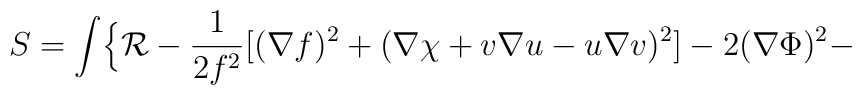
S=\int\Bigl\{{\cal R}-\frac{1}{2f^2}[(\nabla f)^2+(\nabla\chi +v\nabla u-u\nabla v)^2]-2(\nabla\Phi )^2-